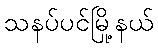
သနပ်ပင်မြို့နယ်